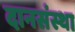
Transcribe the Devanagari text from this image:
दानसंस्था